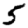
Digit: 5